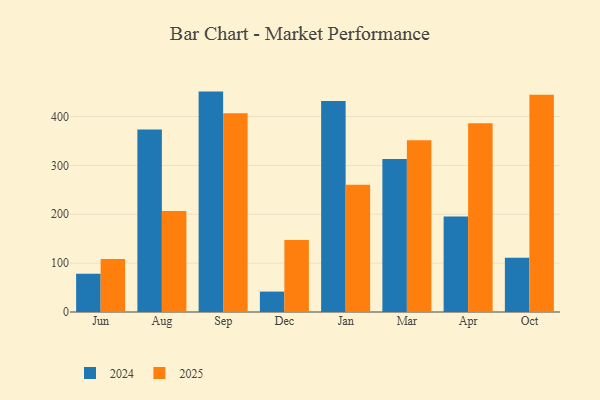
{"axis": {"x": "Month", "y": "Backlog"}, "legend": ["2024", "2025"], "data": [{"x": "Jun", "y": 108.7, "type": "2025"}, {"x": "Jun", "y": 78.1, "type": "2024"}, {"x": "Aug", "y": 206.6, "type": "2025"}, {"x": "Aug", "y": 373.6, "type": "2024"}, {"x": "Sep", "y": 406.9, "type": "2025"}, {"x": "Sep", "y": 451.1, "type": "2024"}, {"x": "Dec", "y": 147.6, "type": "2025"}, {"x": "Dec", "y": 41.8, "type": "2024"}, {"x": "Jan", "y": 260.5, "type": "2025"}, {"x": "Jan", "y": 431.9, "type": "2024"}, {"x": "Mar", "y": 351.4, "type": "2025"}, {"x": "Mar", "y": 313.1, "type": "2024"}, {"x": "Apr", "y": 386.5, "type": "2025"}, {"x": "Apr", "y": 195.3, "type": "2024"}, {"x": "Oct", "y": 444.4, "type": "2025"}, {"x": "Oct", "y": 111.1, "type": "2024"}]}